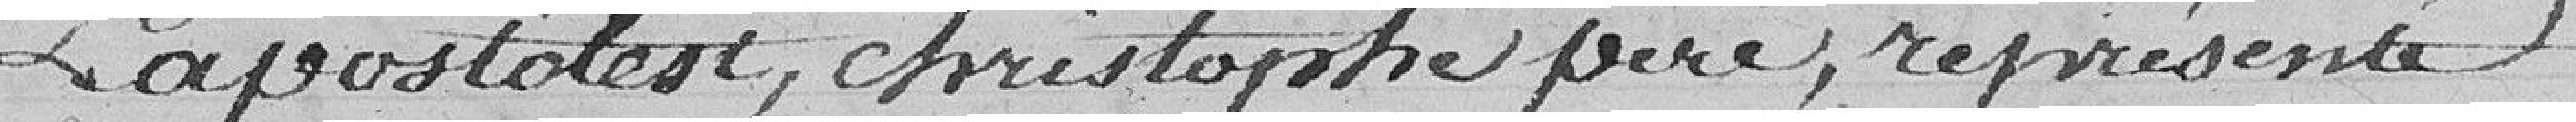
Lapostolet, Christophe père, représenté